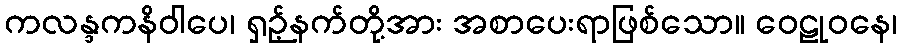
ကလန္ဒကနိဝါပေ၊ ရှဉ့်နက်တို့အား အစာပေးရာဖြစ်သော။ ဝေဠုဝနေ၊